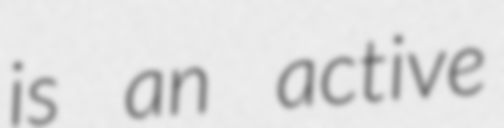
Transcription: is an active